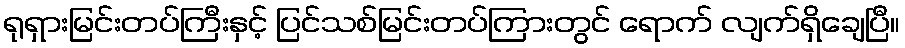
ရုရှားမြင်းတပ်ကြီးနှင့် ပြင်သစ်မြင်းတပ်ကြားတွင် ရောက် လျက်ရှိချေပြီ။